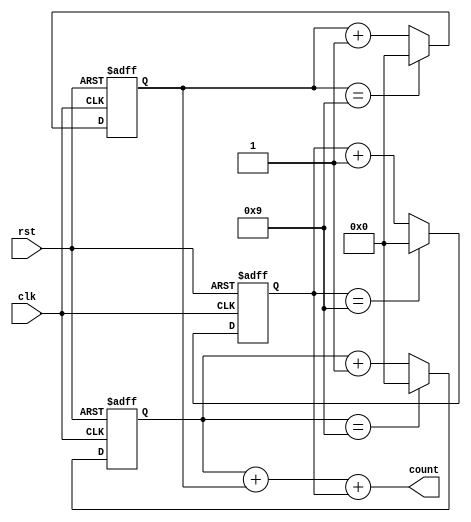
module cascaded_counter(
    input wire clk,
    input wire rst,
    output reg [3:0] count
);

reg [3:0] stage1;
reg [3:0] stage2;
reg [3:0] stage3;

always @(posedge clk or posedge rst) begin
    if(rst) begin
        stage1 <= 4'b0000;
        stage2 <= 4'b0000;
        stage3 <= 4'b0000;
    end else begin
        if(stage1 == 4'b1001) begin
            stage1 <= 4'b0000;
            stage2 <= stage2 + 1;
        end else begin
            stage1 <= stage1 + 1;
        end
        
        if(stage2 == 4'b1001) begin
            stage2 <= 4'b0000;
            stage3 <= stage3 + 1;
        end else begin
            stage2 <= stage2 + 1;
        end
        
        if(stage3 == 4'b1001) begin
            stage3 <= 4'b0000;
        end else begin
            stage3 <= stage3 + 1;
        end
    end
end

assign count = stage1 + stage2 + stage3;

endmodule